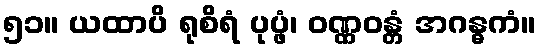
၅၁။ ယထာပိ ရုစိရံ ပုပ္ဖံ၊ ဝဏ္ဏဝန္တံ အဂန္ဓကံ။